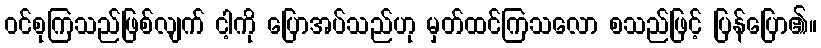
ဝင်စုကြသည်ဖြစ်လျက် ငါ့ကို ပြောအပ်သည်ဟု မှတ်ထင်ကြသလော စသည်ဖြင့် ပြန်ပြော၏။